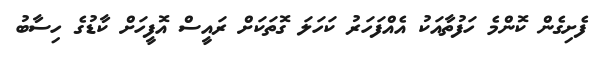
ފެށިގެން ކޮންމެ ހަފުތާއަކު އެއްފަހަރު ކަހަލަ ގޮތަކަށް ރައީސް އޮފީހަށް ކާޑުގެ ހިސާބު